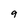
Character: 9